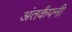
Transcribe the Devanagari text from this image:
अंतर्कंपनी